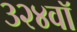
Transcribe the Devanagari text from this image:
३२४वॉ